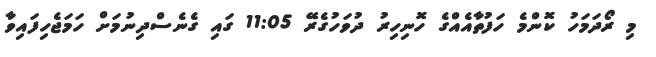
މި ރޯދަމަހު ކޮންމެ ހަފުތާއެއްގެ ހޮނިހިރު ދުވަހުގެރޭ 11:05 ގައި ގެނެސްދިނުމަށް ހަމަޖެހިފައިވާ